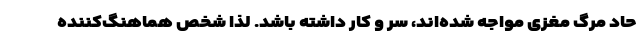
حاد مرگ مغزی مواجه شده‌اند، سر و کار داشته باشد. لذا شخص هماهنگ‌کننده